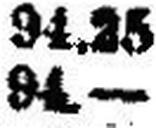
94.—